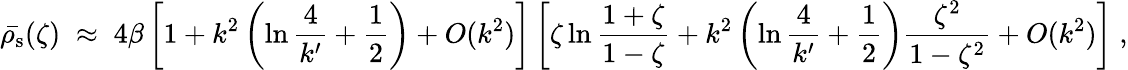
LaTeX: \bar{\rho_{\mathrm{s}}}(\zeta)\; \approx\; 4\beta\left[1+k^{2}\left(\ln{\frac{4}{k^{\prime}}}+{\frac{1}{2}}\right)+O(k^{2})\right]\left[\zeta\ln{\frac{1+\zeta}{1-\zeta}}+k^{2}\left(\ln{\frac{4}{k^{\prime}}}+{\frac{1}{2}}\right){\frac{\zeta^{2}}{1-\zeta^{2}}}+O(k^{2})\right]\; ,